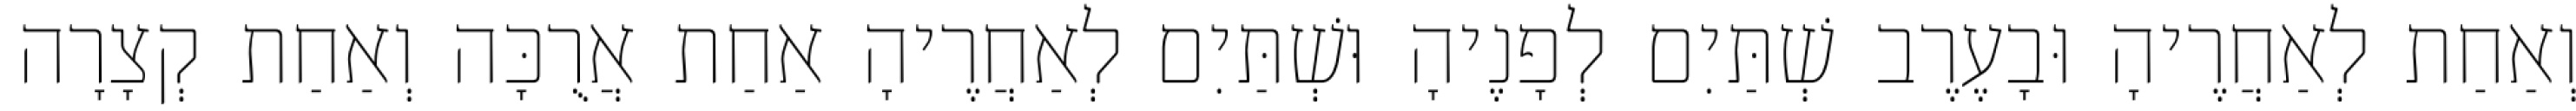
וְאַחַת לְאַחֲרֶיהָ וּבָעֶרֶב שְׁתַּיִם לְפָנֶיהָ וּשְׁתַּיִם לְאַחֲרֶיהָ אַחַת אֲרֻכָּה וְאַחַת קְצָרָה